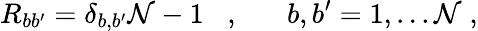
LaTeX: R_{bb^{\prime}}=\delta_{b,b^{\prime}}\mathcal{N}-1\; \; \; ,\; \; \; \; \; \; b,b^{\prime}=1,...\mathcal{N}\; ,